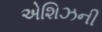
એશિઝની